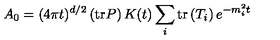
A _ { 0 } = ( 4 \pi t ) ^ { d / 2 } \left( \mathrm { t r } P \right) K ( t ) \sum _ { i } \mathrm { t r } \left( T _ { i } \right) e ^ { - m _ { i } ^ { 2 } t }